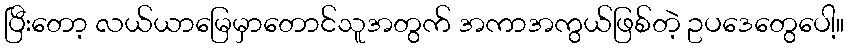
ပြီးတော့ လယ်ယာမြေမှာတောင်သူအတွက် အကာအကွယ်ဖြစ်တဲ့ ဥပဒေတွေပေါ့။